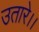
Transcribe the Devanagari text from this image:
उतारे।।